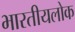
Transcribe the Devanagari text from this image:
भारतीयलोक